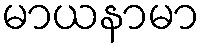
မာယနာမာ